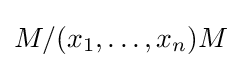
M/(x_{1},\dots ,x_{n})M